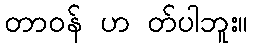
တာဝန် ဟ တ်ပါဘူး။